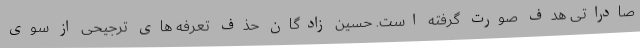
صادراتی هدف صورت گرفته است. حسین زادگان حذف تعرفه های ترجیحی از سوی